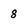
Character: 8